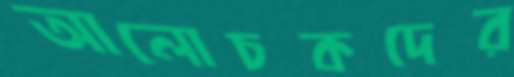
আলোচকদের